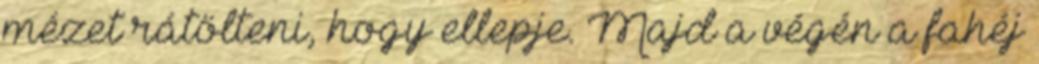
mézet rátölteni, hogy ellepje. Majd a végén a fahéj